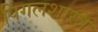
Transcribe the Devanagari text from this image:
पिंगलशास्त्र